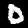
Label: 0